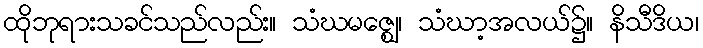
ထိုဘုရားသခင်သည်လည်း။ သံဃမဇ္ဈေ၊ သံဃာ့အလယ်၌။ နိသီဒိယ၊